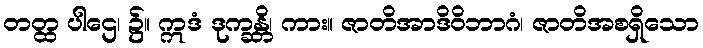
တတ္ထ ပါဌေ၊ ၌။ ဣဒံ ဒုက္ခန္တိ၊ ကား။ ဇာတိအာဒိဝိဘာဂံ၊ ဇာတိအစရှိသော